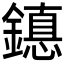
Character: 𰽆